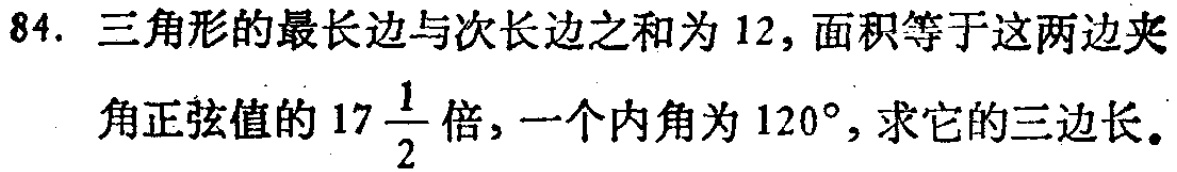
84. 三角形的最长边与次长边之和为 12，面积等于这两边夹角正弦值的 \(17\frac{1}{2}\) 倍，一个内角为 \(120^{\circ}\)，求它的三边长。